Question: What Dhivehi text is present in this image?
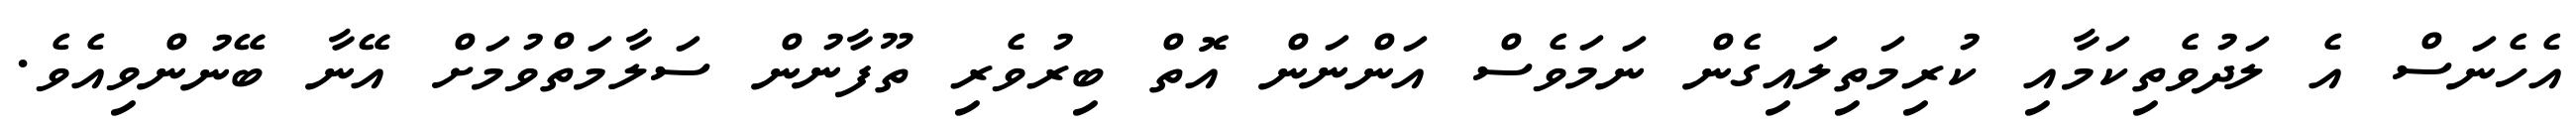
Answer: އެހެނަސް އެ ލަދުވެތިކަމާއި ކުރިމަތިލައިގެން ނަމަވެސް އަންނަން އޮތް ބިރުވެރި ތޫފާނުން ސަލާމަތްވުމަށް އޭނާ ބޭނުންވިއެވެ.